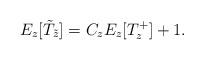
LaTeX: \begin{align*} E_z[\tilde T_{\tilde z}] = C_z E_z[T^+_z]+1.\end{align*}